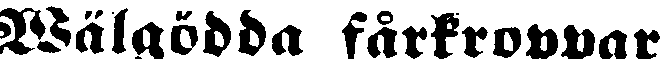
Wälgödda fårkroppar